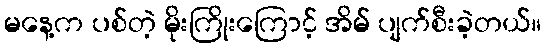
မနေ့က ပစ်တဲ့ မိုးကြိုးကြောင့် အိမ် ပျက်စီးခဲ့တယ်။